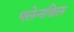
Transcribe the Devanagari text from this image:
एलेनडिल